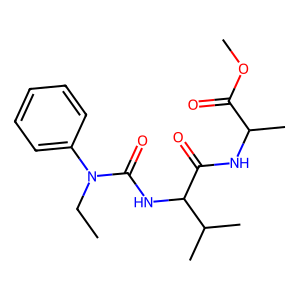
SMILES: CCN(C(=O)NC(C(=O)NC(C)C(=O)OC)C(C)C)c1ccccc1
Inhibits HIV replication: No